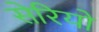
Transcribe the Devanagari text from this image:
सेरियो